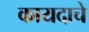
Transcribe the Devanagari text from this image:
कायदाचे